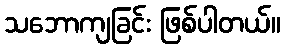
သဘောကျခြင်း ဖြစ်ပါတယ်။